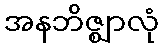
အနဘိဇ္ဈာလုံ